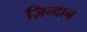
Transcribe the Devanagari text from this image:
ज़िन्दान